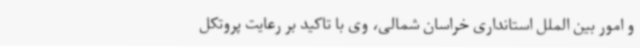
و امور بین الملل استانداری خراسان شمالی، وی با تاکید بر رعایت پروتکل